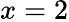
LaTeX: x=2